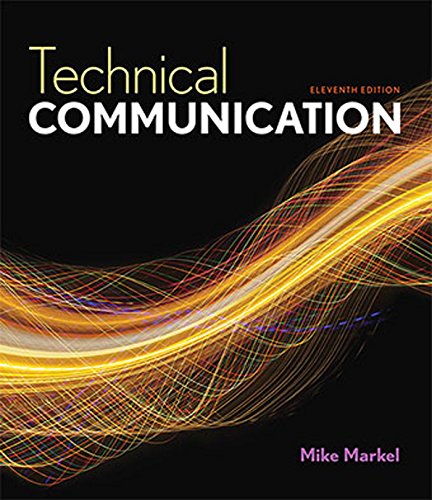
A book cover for Technical Communication; Mike Markel; Business & Money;